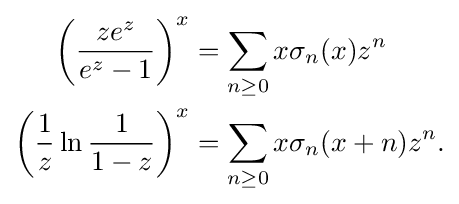
{\begin{aligned}\left({\frac {ze^{z}}{e^{z}-1}}\right)^{x}&=\sum _{n\geq 0}x\sigma _{n}(x)z^{n}\\\left({\frac {1}{z}}\ln {\frac {1}{1-z}}\right)^{x}&=\sum _{n\geq 0}x\sigma _{n}(x+n)z^{n}.\end{aligned}}